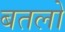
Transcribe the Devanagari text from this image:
बतलो